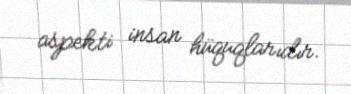
aspekti insan hüquqlarıdır.